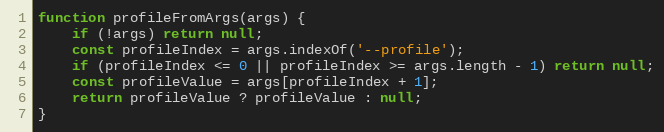
Language: JavaScript
function profileFromArgs(args) {
	if (!args) return null;
	const profileIndex = args.indexOf('--profile');
	if (profileIndex <= 0 || profileIndex >= args.length - 1) return null;
	const profileValue = args[profileIndex + 1];
	return profileValue ? profileValue : null;
}